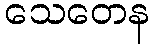
သေတေန